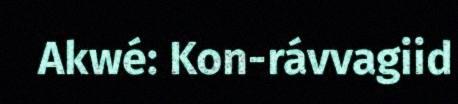
Akwé: Kon-rávvagiid